Source: Handwritten
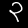
Digit: ၃ (3)